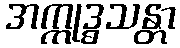
အက္ကုဒ္ဓသန္တာ